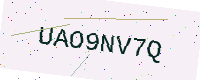
Text: UAO9NV7Q